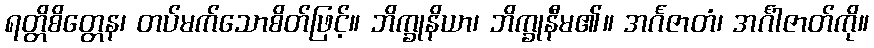
ရတ္တိစိတ္တေန၊ တပ်မက်သောစိတ်ဖြင့်။ ဘိက္ခုနိယာ၊ ဘိက္ခုနီမ၏။ အင်္ဂဇာတံ၊ အင်္ဂါဇာတ်ကို။